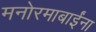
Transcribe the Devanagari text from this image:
मनोरमाबाईंना